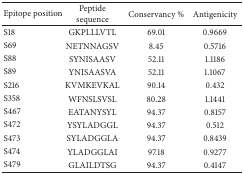
<table><thead><tr><td><b>Epitope position</b></td><td><b>Peptide sequence</b></td><td><b>Conservancy %</b></td><td><b>Antigenicity</b></td></tr></thead><tbody><tr><td>S18</td><td>GKPLLLVTL</td><td>69.01</td><td>0.9669</td></tr><tr><td>S69</td><td>NETNNAGSV</td><td>8.45</td><td>0.5716</td></tr><tr><td>S88</td><td>SYNISAASV</td><td>52.11</td><td>1.1186</td></tr><tr><td>S89</td><td>YNISAASVA</td><td>52.11</td><td>1.1067</td></tr><tr><td>S216</td><td>KVMKEVKAL</td><td>90.14</td><td>0.432</td></tr><tr><td>S358</td><td>WFNSLSVSL</td><td>80.28</td><td>1.1441</td></tr><tr><td>S467</td><td>EATANYSYL</td><td>94.37</td><td>0.8157</td></tr><tr><td>S472</td><td>YSYLADGGL</td><td>94.37</td><td>0.512</td></tr><tr><td>S473</td><td>SYLADGGLA</td><td>94.37</td><td>0.8439</td></tr><tr><td>S474</td><td>YLADGGLAI</td><td>97.18</td><td>0.9277</td></tr><tr><td>S479</td><td>GLAILDTSG</td><td>94.37</td><td>0.4147</td></tr></tbody></table>